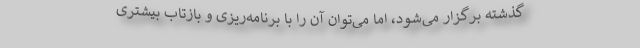
گذشته برگزار می‌شود، اما می‌توان آن را با برنامه‌ریزی و بازتاب بیشتری